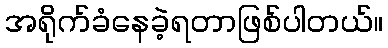
အရိုက်ခံနေခဲ့ရတာဖြစ်ပါတယ်။